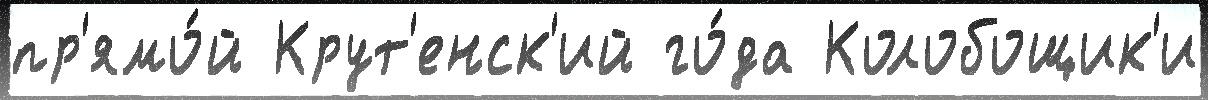
пр'ямо́й Крут'енск'ий го́да Колобощик'и